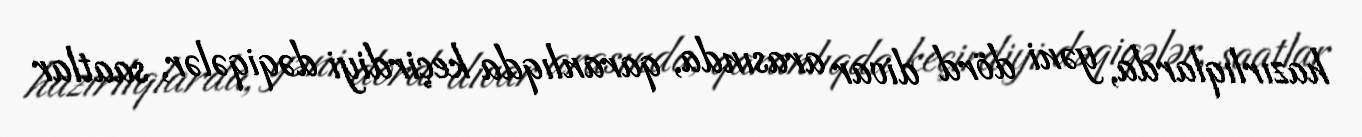
hazırlıqlarda, yəni dörd divar arasında, qaranlıqda keçirdiyi dəqiqələr, saatlar